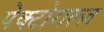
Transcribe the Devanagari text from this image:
पेक्टोराल्ज़